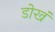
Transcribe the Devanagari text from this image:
डोखं